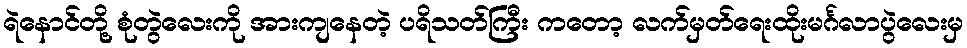
ရဲနောင်တို့ စုံတွဲလေးကို အားကျနေတဲ့ ပရိသတ်ကြီး ကတော့ လက်မှတ်ရေးထိုးမင်္ဂလာပွဲလေးမှ